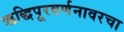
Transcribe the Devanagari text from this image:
ऋद्धिपूरवर्णनावरचा